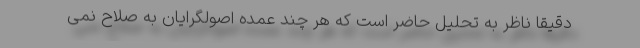
دقیقاً ناظر به تحلیل حاضر است که هر چند عمده اصولگرایان به صلاح نمی